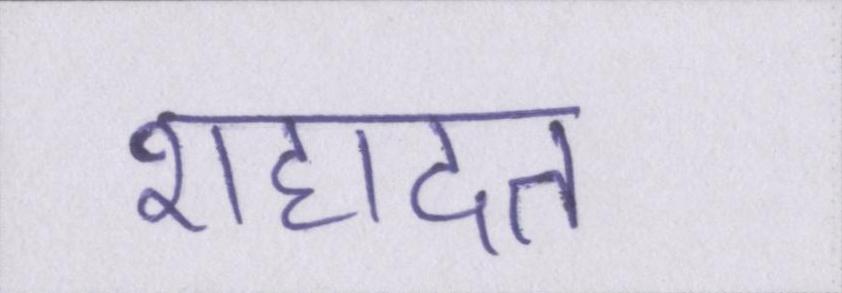
शहादत